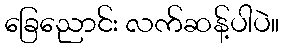
ခြေညောင်း လက်ဆန့်ပါပဲ။